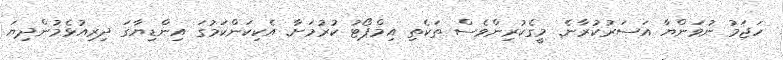
ހަޖަމު ނުވަންޔާ އަސަރުކުރާނެ